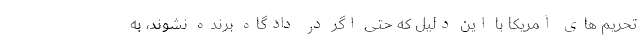
تحریم های آمریکا با این دلیل که حتی اگر در دادگاه برنده نشوند، به